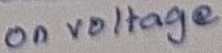
Text: on voltage